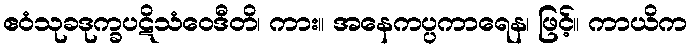
ဧဝံသုခဒုက္ခပဋိသံဝေဒီတိ၊ ကား။ အနေကပ္ပကာရေန၊ ဖြင့်။ ကာယိက